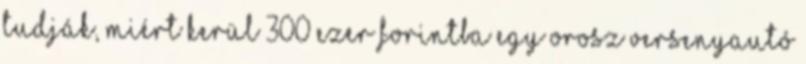
tudják, miért kerül 300 ezer forintba egy orosz versenyautó